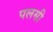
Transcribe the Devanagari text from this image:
पलसी